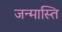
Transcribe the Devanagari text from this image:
जन्मास्ति